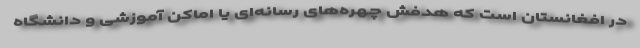
در افغانستان است که هدفش چهره‌های رسانه‌‌ای یا اماکن آموزشی و دانشگاه